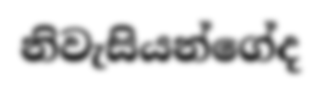
නිවැසියන්ගේද